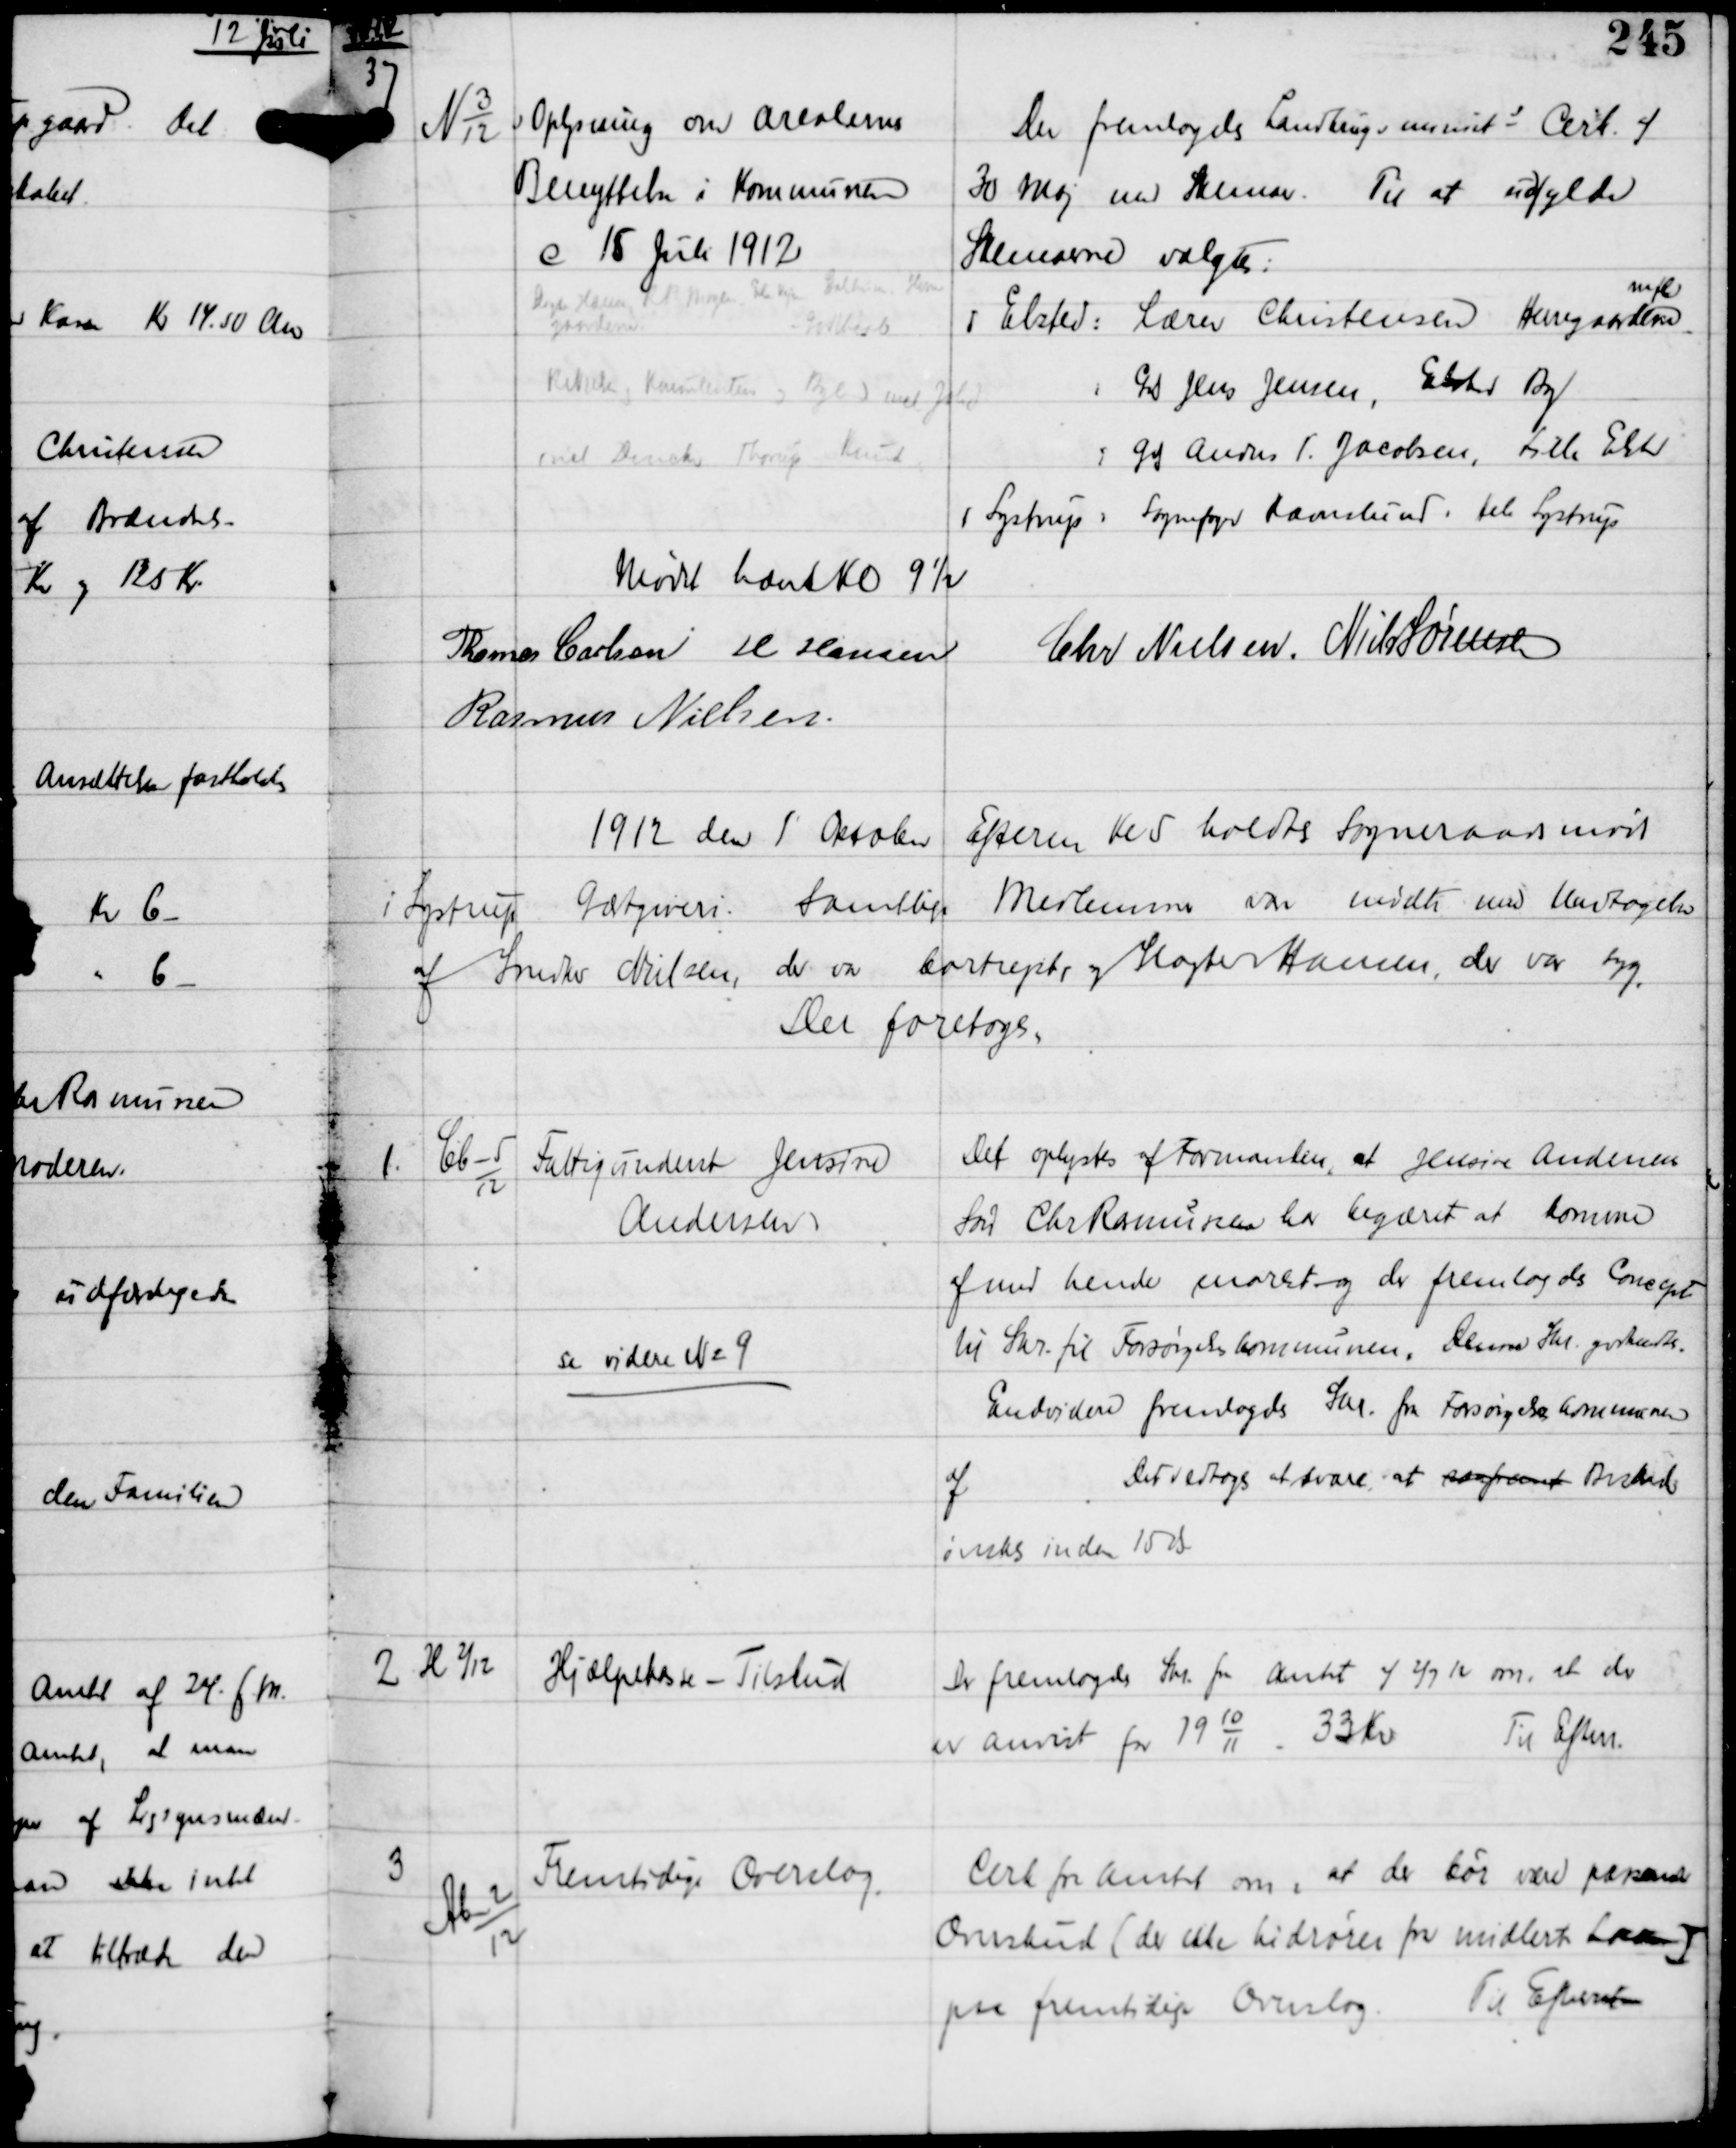
Transskription:
1912

37

N 3
12

Oplysning om Arealernes
Benyttelse i Kommunen
c 15 Juli 1912

Der fremlagdes Landbrugsminists Cirk af
30 Maj med Skemaer. Til at udfylde
Skemaerne valgtes:
i Elsted: Lærer Christensen Herregaarden
mfl
: Grd Jens Jensen, Elsted By
: Grd Anders P. Jacobsen, Lille Elsted
i Lystrup: Sognefoged Ravnslund hele Lystrup

Mødet hævet Kl 9½
Thomas Carlsen H Hansen
Chr Nielsen Niels Sørensen
Rasmus Nielsen

1912 den 1 Oktober
Efterm Kl 5 holdtes Sogneraadsmøde
i Lystrup Gæstgiveri. Samtlige Medlemmer var mødte med Undtagelse
af Snedker Nielsen, der var bortrejst og Slagter Hansen, der var syg
Der foretoges:

1

Cb-5
12

Fattigunderst Jensine
Andersen

se videre N2 9

Det oplystes af Formanden, at Jensine Andersens
Søn Chr Rasmussen har begæret at komme
af med hende snarest og der fremlagdes Concept
til Skr til Forsørgelseskommunen. Denne Skr godkendtes.
Endvidere fremlagdes Skr fra Forsørgelseskommunen
af
Det vedtoges at svare at saafremt Besked
ønskes inden 15 ds.

2

H 2/12

Hjælpekasse - Tilskud

Der fremlagdes Skr fra Amtet af 2/7 12 om, at der
er anvist for 19 1011 33 Kr
Til Efterr.

3

Ab-2
12

Fremtidige Overslag.

Cirk fra Amtet om, at der bør være passende
Overskud (der ikke hidrører fra midlert Laan)
paa fremtidige Overslag.
Til Efterretning